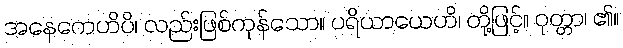
အနေကေဟိပိ၊ လည်းဖြစ်ကုန်သော။ ပရိယာယေဟိ၊ တို့ဖြင့်။ ဝုတ္တာ၊ ၏။